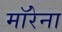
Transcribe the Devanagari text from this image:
माॅरेना